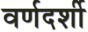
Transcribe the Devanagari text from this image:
वर्णदर्शी